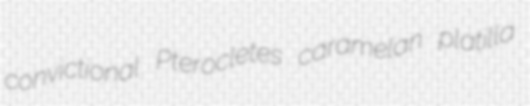
convictional Pterocletes caramelan platilla